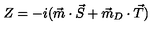
Z = - i ( \vec { m } \cdot \vec { S } + \vec { m } _ { D } \cdot \vec { T } )